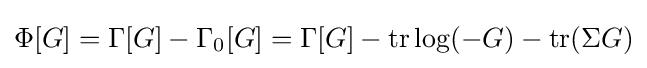
\Phi [G]=\Gamma [G]-\Gamma _{0}[G]=\Gamma [G]-\mathrm {tr} \log(-G)-\mathrm {tr} (\Sigma G)